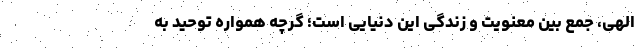
الهی، جمع بین معنویت و زندگی این دنیایی است؛ گرچه همواره توحید به